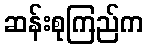
ဆန်းစုကြည်က